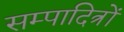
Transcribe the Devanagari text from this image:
सम्पादित्रों